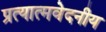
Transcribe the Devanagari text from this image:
प्रत्यात्मवेदनीय